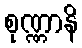
စုဏ္ဏာနိ